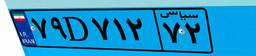
۷۴D۳۱۵۸۱